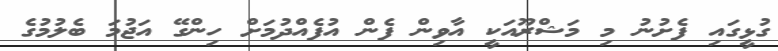
ގުޅީގައި ފެށުނު މި މަޝްރޫއަކީ އާވިން ފެން އުފެއްދުމަށް ހިންގޭ އަޖުމަ ބެލުމުގެ